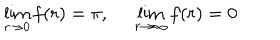
LaTeX: \lim _ { r \rightarrow 0 } f ( r ) = \pi , \: \: \: \: \: \: \lim _ { r \rightarrow \infty } f ( r ) = 0